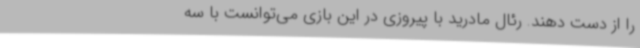
را از دست دهند. رئال مادرید با پیروزی در این بازی می‌توانست با سه